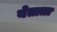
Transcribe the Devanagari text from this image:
येताता